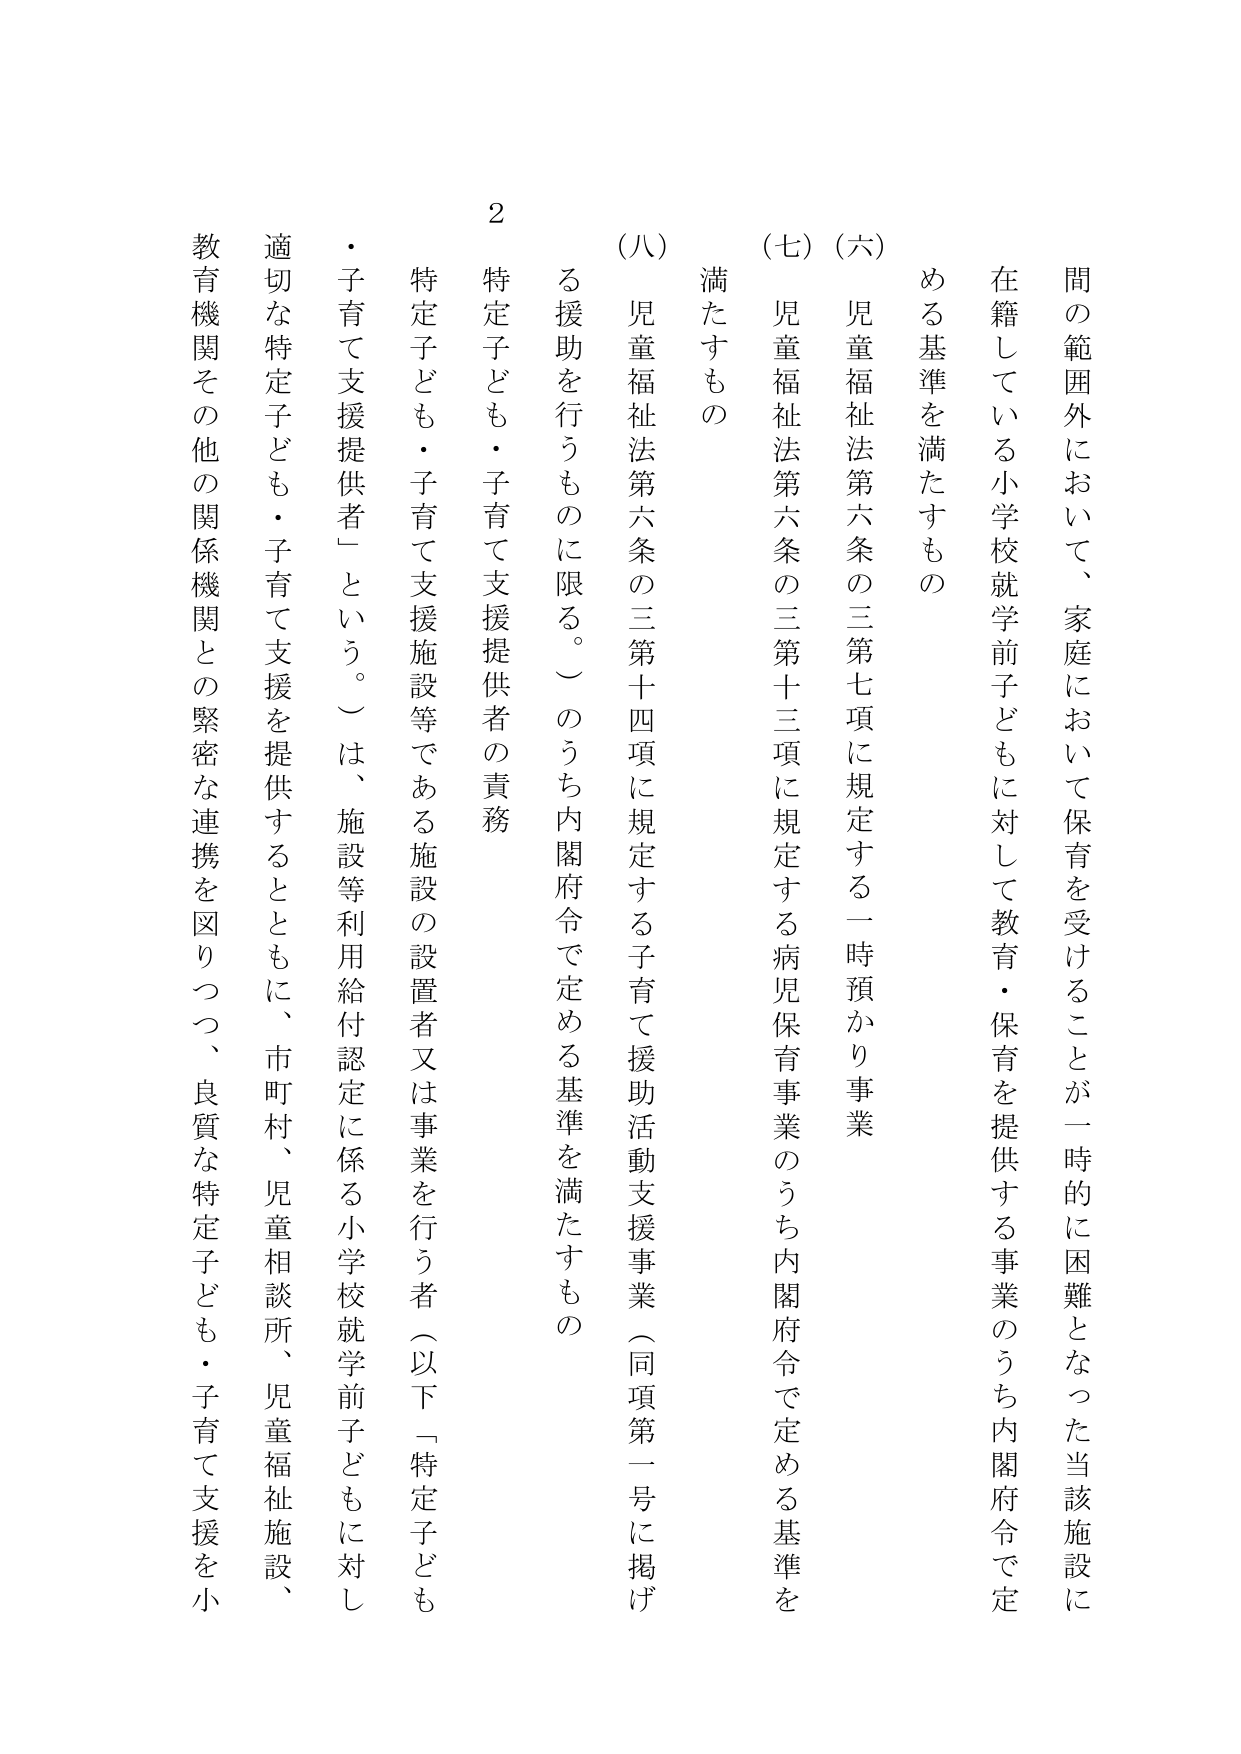
間の範囲外において、家庭において保育を受けることが一時的に困難となった当該施設に在籍している小学校就学前子どもに対して教育・保育を提供する事業のうち内閣府令で定める基準を満たすもの

（六） 児童福祉法第六条の三第七項に規定する一時預かり事業

（七） 児童福祉法第六条の三第十三項に規定する病児保育事業のうち内閣府令で定める基準を満たすもの

（八） 児童福祉法第六条の三第十四項に規定する子育て援助活動支援事業（同項第一号に掲げる援助を行うものに限る。）のうち内閣府令で定める基準を満たすもの

２ 特定子ども・子育て支援提供者の責務

特定子ども・子育て支援施設等である施設の設置者又は事業を行う者（以下「特定子ども・子育て支援提供者」という。）は、施設等利用給付認定に係る小学校就学前子どもに対し適切な特定子ども・子育て支援を提供するとともに、市町村、児童相談所、児童福祉施設、教育機関その他の関係機関との緊密な連携を図りつつ、良質な特定子ども・子育て支援を小